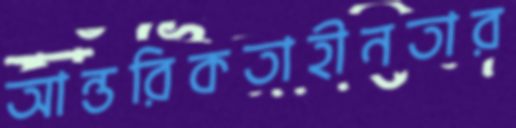
আন্তরিকতাহীনতার